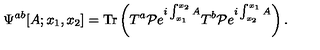
\Psi ^ { a b } [ A ; x _ { 1 } , x _ { 2 } ] = \mathrm { T r } \left( T ^ { a } { \cal P } e ^ { i \int _ { x _ { 1 } } ^ { x _ { 2 } } A } T ^ { b } { \cal P } e ^ { i \int _ { x _ { 2 } } ^ { x _ { 1 } } A } \right) .